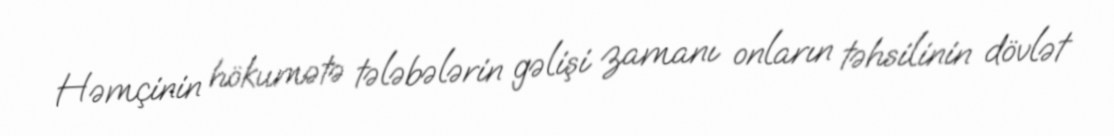
Həmçinin hökumətə tələbələrin gəlişi zamanı onların təhsilinin dövlət